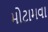
મોટામવા